Insane asylums in Bengal annual reports 1867-1875 - 1867-1875
Year: 1867
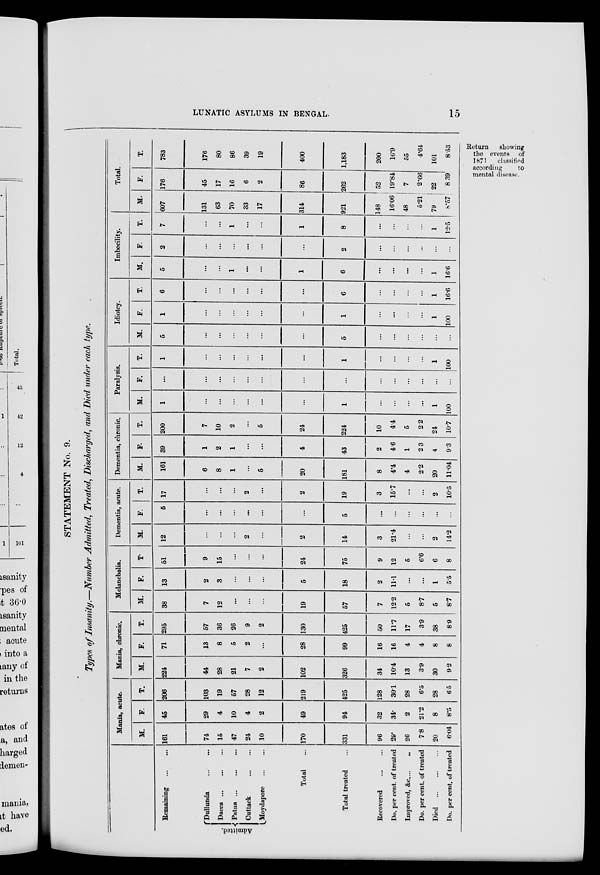
LUNATIC ASYLUMS IN BENGAL.
15
Return
showing
the events of
1871
classified
according
to
mental disease.
STATEMENT No. 9.
Types of Insanity.—Number Admitted, Treated, Discharged, and Died under each type.
Remaining
...
...
Admitted
Dullunda ... ...
Dacca
...
...
...
Patna
...
...
...
Cuttack
...
...
Moydapore
...
...
Total ...
Total treated ...
Recovered
...
...
Do. per cent. of treated
Improved, &c. ... ...
Do. per cent. of treated
Died
...
...
...
Do. per cent of treated
Mania, acute.
M.
161
74
15
47
24
10
170
331
96
29.
26
7.8
20
6.04
F.
45
29
4
10
4
2
49
94
32
34.
2
21.2
8
8.5
T.
206
103
19
57
28
12
219
425
128
30.1
28
6.5
28
6.5
Mania, chronic.
M.
224
44
28
21
7
2
102
326
34
10.4
13
3.9
30
9.2
F.
71
13
8
5
2
...
28
99
16
16
4
4
8
8
T.
295
57
36
26
9
2
130
425
50
11.7
17
3.9
38
8.9
Melancholia.
M.
38
7
12
...
...
...
19
57
7
12.2
5
8.7
5
8.7
F.
13
2
3
...
...
...
5
18
2
1.11
...
...
1
5.5
T.
51
9
15
...
...
...
24
75
9
12
5
6.6
6
8
Dementia, acute.
M.
12
...
...
...
2
...
2
14
3
21.4
...
...
2
14.2
F.
5
...
...
...
...
...
...
5
...
...
...
...
...
T.
17
...
...
...
2
...
2
19
3
15.7
...
...
2
10.5
Dementia, chronic.
M.
161
6
8
1
...
5
20
181
8
4.4
4
2.2
20
11.04
F.
39
1
2
1
...
...
4
43
2
4.6
1
2.3
4
9.3
T.
200
7
10
2
...
5
24
224
10
4.4
5
2.2
24
10.7
Paralysis.
M.
1
...
...
...
...
...
...
1
...
...
...
...
1
100
F.
...
...
...
...
...
...
...
...
...
...
...
...
...
...
T.
1
...
...
...
...
...
...
1
...
...
...
1
100
Idiotcy.
M.
5
...
...
...
...
...
...
5
...
...
...
...
...
...
F.
1
...
...
...
...
...
...
1
...
...
...
1
100
T.
6
...
...
...
...
...
...
6
...
...
...
...
1
16.6
Imbecility.
M.
5
...
...
1
...
...
1
6
...
...
...
...
1
16.6
F.
2
...
...
...
...
...
...
2
...
...
...
...
...
T.
7
...
...
1
...
...
1
8
...
...
...
1
12.5
Total.
M.
607
131
63
70
33
17
314
921
148
16.06
48
5.21
79
8.57
F.
176
45
17
16
6
2
86
262
52
19.84
7
2.66
22
8.39
T.
783
176
80
86
39
19
400
1,183
200
16.9
55
4.64
101
8 53